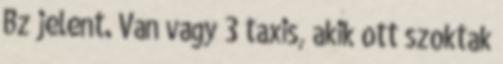
Bz jelent. Van vagy 3 taxis, akik ott szoktak